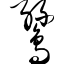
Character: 鸶